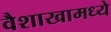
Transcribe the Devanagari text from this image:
वैशाखामध्ये